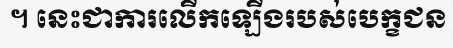
។ នេះជាការលើកឡើងរបស់បេក្ខជន